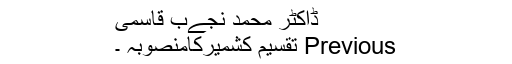
ڈاکٹر محمد نجےب قاسمی
Previous تقسیم کشمیرکامنصوبہ ۔